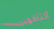
التافهين